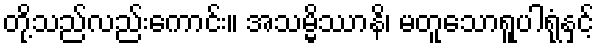
တို့သည်လည်းကောင်း။ အသမ္မိဿာနိ၊ မတူသောရူပါရုံနှင့်